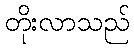
တိုးလာသည်